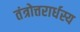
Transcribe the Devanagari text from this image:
तंत्रोत्तरार्धस्य